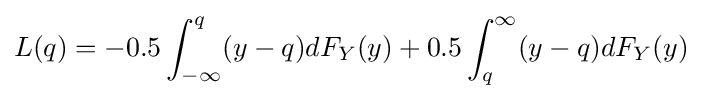
L(q)=-0.5\int _{-\infty }^{q}(y-q)dF_{Y}(y)+0.5\int _{q}^{\infty }(y-q)dF_{Y}(y)